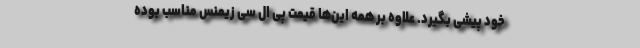
خود پیشی بگیرد. علاوه بر همه این­‌ها قیمت پی ال سی زیمنس مناسب بوده